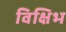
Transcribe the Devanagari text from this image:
विक्षिभ